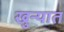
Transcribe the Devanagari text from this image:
खुन्यात